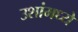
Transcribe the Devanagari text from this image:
उशांमध्ये